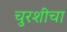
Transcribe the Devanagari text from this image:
चुरशीचा